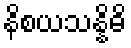
နိစယသန္နိဓိ